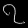
Digit: ၇